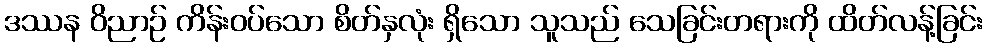
ဒဿန ဝိညာဉ် ကိန်းဝပ်သော စိတ်နှလုံး ရှိသော သူသည် သေခြင်းတရားကို ထိတ်လန့်ခြင်း